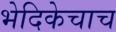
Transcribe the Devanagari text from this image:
भेदिकेचाच